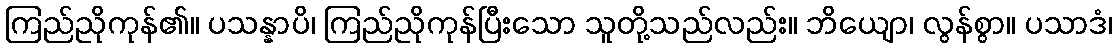
ကြည်ညိုကုန်၏။ ပသန္နာပိ၊ ကြည်ညိုကုန်ပြီးသော သူတို့သည်လည်း။ ဘိယျော၊ လွန်စွာ။ ပသာဒံ၊